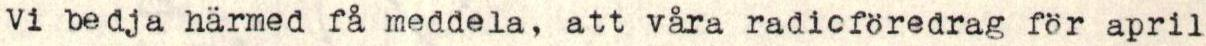
Vi bedja härmed få meddela, att våra radioföredrag för april